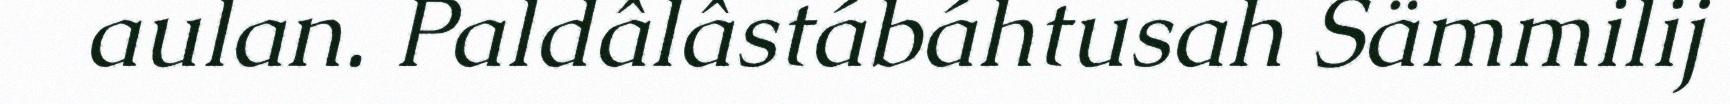
aulan. Paldâlâstábáhtusah Sämmilij